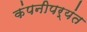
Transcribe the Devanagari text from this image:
कंपनीपर्यंत